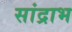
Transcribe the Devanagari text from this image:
सांद्राभ